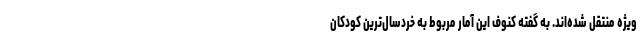
ویژه منتقل شده‌اند. به گفته کنوف این آمار مربوط به خردسال‌ترین کودکان